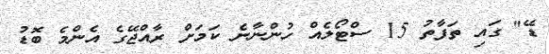
ޑޭ" ގައި ތަފާތު 15 ސްޓޯލެއް ހުންނާނެ ކަމަށް ރާއްޖޭގެ އެންމެ ބޮޑު